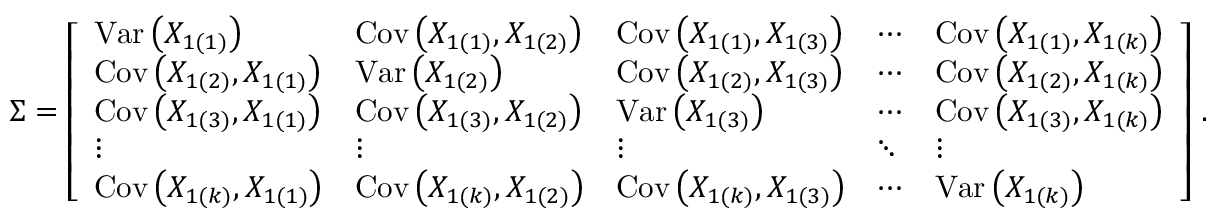
{ \boldsymbol { \Sigma } } = { \left[ \begin{array} { l l l l l } { { \operatorname { V a r } \left( X _ { 1 ( 1 ) } \right) } } & { \operatorname { C o v } \left( X _ { 1 ( 1 ) } , X _ { 1 ( 2 ) } \right) } & { \operatorname { C o v } \left( X _ { 1 ( 1 ) } , X _ { 1 ( 3 ) } \right) } & { \cdots } & { \operatorname { C o v } \left( X _ { 1 ( 1 ) } , X _ { 1 ( k ) } \right) } \\ { \operatorname { C o v } \left( X _ { 1 ( 2 ) } , X _ { 1 ( 1 ) } \right) } & { \operatorname { V a r } \left( X _ { 1 ( 2 ) } \right) } & { \operatorname { C o v } \left( X _ { 1 ( 2 ) } , X _ { 1 ( 3 ) } \right) } & { \cdots } & { \operatorname { C o v } \left( X _ { 1 ( 2 ) } , X _ { 1 ( k ) } \right) } \\ { \operatorname { C o v } \left( X _ { 1 ( 3 ) } , X _ { 1 ( 1 ) } \right) } & { \operatorname { C o v } \left( X _ { 1 ( 3 ) } , X _ { 1 ( 2 ) } \right) } & { \operatorname { V a r } \left( X _ { 1 ( 3 ) } \right) } & { \cdots } & { \operatorname { C o v } \left( X _ { 1 ( 3 ) } , X _ { 1 ( k ) } \right) } \\ { \vdots } & { \vdots } & { \vdots } & { \ddots } & { \vdots } \\ { \operatorname { C o v } \left( X _ { 1 ( k ) } , X _ { 1 ( 1 ) } \right) } & { \operatorname { C o v } \left( X _ { 1 ( k ) } , X _ { 1 ( 2 ) } \right) } & { \operatorname { C o v } \left( X _ { 1 ( k ) } , X _ { 1 ( 3 ) } \right) } & { \cdots } & { \operatorname { V a r } \left( X _ { 1 ( k ) } \right) } \end{array} \right] } ~ .